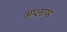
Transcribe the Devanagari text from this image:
अप्लाय्ड